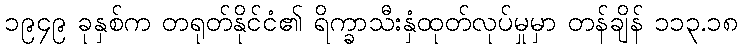
၁၉၄၉ ခုနှစ်က တရုတ်နိုင်ငံ၏ ရိက္ခာသီးနှံထုတ်လုပ်မှုမှာ တန်ချိန် ၁၁၃.၁၈